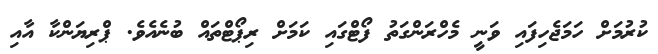
ކުރުމަށް ހަމަޖެހިފައި ވަނީ މެހްރަންގަތު ފޯޓްގައި ކަމަށް ރިޕޯޓްތައް ބުނެއެވެ. ޕްރިޔަންކާ އާއި